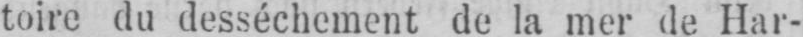
toire du desséchement de la mer de Har-